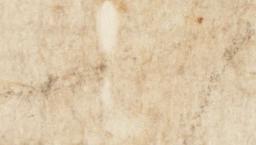
一